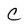
Character: C